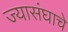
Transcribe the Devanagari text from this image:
ज्यासंघाचे